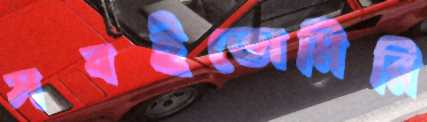
সবইতোমিরি